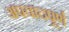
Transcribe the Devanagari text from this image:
अपवादपूर्ण